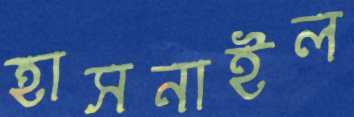
হাসনাইল